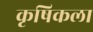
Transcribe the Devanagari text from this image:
कृषिकला